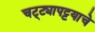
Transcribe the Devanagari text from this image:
चट्ट्यापट्टयाचे